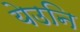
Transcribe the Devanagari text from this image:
येउनि